Vital statistics of India. Vol. VI, European troops 1870-79
Year: 1870
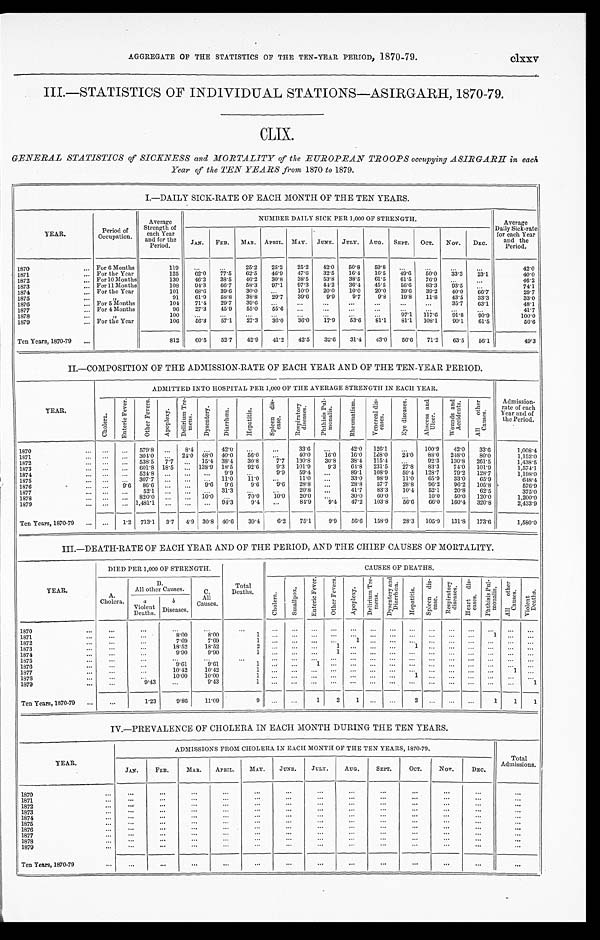
AGGREGATE OF THE STATISTICS OF THE TEN-YEAR PERIOD, 1870-79.
clxxv
III.—STATISTICS OF INDIVIDUAL STATIONS—ASIRGARH, 1870-79.
CLIX.
GENERAL STATISTICS of SICKNESS and MORTALITY of t he EUROPEAN TROOPS occupyi ng ASIRGARH i n each
Year of the TEN YEARS from 1870 to 1879.
I.—DAILY SICK-RATE OF EACH MONTH OF THE TEN YEARS.
YEAR.
Period of
Occupation.
Average
Strength of
each Year
and for the
Period.
NUMBER DAILY SICK PER 1,000 OF STRENGTH.
Average
Daily Sick-rate
for each Year
and the
Period.
JAN. FEB. MAR. APRIL. MAY. JUNE. JULY. AUG. SEPT. OCT. NOV. DEC.
1870
For 6 Months
119
25.2 25.2 25.2 42.0 50.8 59.8
4 2 . 0
1871
For the Year
125 62.0 77.5 62.5 46.9 47.6 32.5 16.4 16.5
4 9 . 6 50.0 33.3 23.1
4 0 . 0
1872
For 10 Months
130 46.2 38.5 46.2 30.8 38.5 53.8 38.5 61.5 61.5 76.9
46.2
1873
For 11 Months
108 94.3 66.7 58.3 97.1 97.3 44.2 36.4 45.5 56.6 83.3 93.5
7 4 . 1
1874
For the Year
101 68.6 39.6 30.0
10.0 20.0 10.0 20.0 39.6 39.2 40.0 66. 7
29.7
1875
"
91 61.9 58.8 38.8 29.7 39.6 9.9
9.7 9.8 19.8 11.8
4 3 . 5 33. 3
3 3 . 0
1876
F o r 5 M o n t h s
104 71.4 29.7 39.6
35.7 63.1
48.1
1877
For 4 Months
96 27.3 45.9 55.0 55.6
4 1 . 7
1878
"
100
97.1 117.6 91.8
9 0 . 9
1 0 0 . 0
1879
For the Year
106 56.3 57.1 27.3 36.0 36.0 17.9 53.6 81.1 81.1 108.1 90.1 61.5
5 6 . 6
Ten Years, 1870-79
812 60.5 52.1 42.9 41.2 42.5 32.6 31.4 43.0 56.6 71.2 63.5 56. 1
4 9 . 3
II.—COMPOSITION OF THE ADMISSION-RATE OF EACH YEAR AND OF THE TEN-YEAR PERIOD.
YEAR.
ADMITTED INTO HOSPITAL PER 1,000 OF THE AVERAGE STRENGTH IN EACH YEAR.
Admission-
rate of each
Year and of
thc Period.
C h o l e r a
E n t e r i c F e v e r . O t h e r F e v e r s .
A p o p l e x y .
D e l i r i u m T r e -
m e n s .
D y s e n t e r y .
D i a r r h œ a .
H e p a t i t i s .
S p l e e n d i s -
e a s e .
R e s p i r a t o r y
d i s e a s e s .
P h t h i s i s P u l -
m o n a l i s .
R h e u m a t i s m . V e n e r e a l d i s -
e a s e s .
E y e d i s e a s e s . A b s c e s s a n d
U l c e r .
W o u n d s a n d
A c c i d e n t s .
A l l o t h e r
C a u s e s .
1870
579.8
8.4
42.0
33.6
42.0 126 1
100.9 42.0 33.6
1,008.4
1871
304.0
24.0 48.0 40.0 56.0
40.0 16.0 16.0 168.0 24.0 88.0 248.0 80.0
1,152.0
1872
538.5 7.7
15.4 38.4 30.8 7.7 130.8 30.8 38.4 115.4
92. 3 130.8 261.5
1,438.5
1873
601.8 18.5
138.9 18.5
9 2 . 6 9.3 101.9 9.3 64.8 231.5 27.8 83.3 74.0 101.9
1,574.1
1874
5 2 4 . 8
9.9
9 . 9 59.4
89.1 108.9 59.4 128.7 79.2 128.7
1,198.0
1875
307.7
11.0 11.0
11.0
33.0 98.9 11.0 65.9 33.0 65.9
648.4
1876
9 . 6 86.6
9.6 9.6
9.6 9.6 28.8
28.8 57.7 28.8 96.2 96.2 105.8
5 7 6 . 9
1877
52.1
31.3
20.8
41.7 83.3 10.4 52.1 20.8 62.5
375.0
1878
820.0
10.0
70.0 10.0 20.0
30.0 60.0
10.0 50.0 120.0
1,200.0
1879
1,481.1
94.3
9.4
84.9 9.4 47.2 103.8 56.6 66.0 160.4 320.8
2,433.9
Ten Years, 1870-79
1.2 713.1 3.7 4.9 30.8 40.6 39.4 6.2 75.1
9.9 56.6 158.9 28.3 105.9 131.8 173.6
1,580.0
III.—DEATH-RATE OF EACH YEAR AND OF THE PERIOD, AND THE CHIEF CAUSES OF MORTALITY.
YEAR.
DIED PER 1,000 OF STRENGTH.
Total
Deaths.
CAUSES OF DEATHS.
A .
Cholera.
B.
All other Causes.
C.
A l l
Causes.
C h o l e r a . S m a l l p o x .
E n t e r i c F e v e r . O t h e r F e v e r s .
A p o p l e x y .
D e l e r i u m T r e -
me ns . D y s e n t e r y a n d
D i a r r h œ a .
H e p a t i t i s .
S p l e e n d i s -
ease.
R e s p i r a t o r y
d i s e a s e s . H e a r t d i s -
e a s e s .
P h t h i s i s P u l -
m o n a l i s .
A l l o t h e r
C a u s e s .
V i o l e n t
D e a t h s .
a
Violent
Deaths.
b
Diseases.
1870 1871
8.00
8.00
1
1
1872
7.69
7.69
1
1
1873
18.52 18.52
2
1
1
1874
9.90
9.90
1
1
1875 1876
9.61
9.61
1
1
1877
10.42 10.42
1
1
1878
10.00 10.00
1
1
1879
9.43
9.43
1
1
Ten Years, 1870-79
.
1.23
9.86 11.09
9
1 2 1
2
1 1 1
IV.—PREVALENCE OF CHOLERA IN EACH MONTH DURING THE TEN YEARS.
YEAR.
ADMISSIONS FROM CHOLERA IN EACH MONTH OF THE TEN YEARS, 1870-79.
Total
Admissions.
JAN. FEB.
MAR. APRIL. MAY. JUNE. JULY
AUG. SEPT.
OCT. NOV.
DEC.
1870 1871 1872 1873 1874 1875 1876 1877 1878
1879
Ten Years, 1870-79